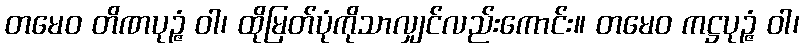
တမေဝ တိဏပုဉ္ဇံ ဝါ၊ ထိုမြတ်ပုံကိုသာလျှင်လည်းကောင်း။ တမေဝ ကဋ္ဌပုဉ္ဇံ ဝါ၊